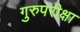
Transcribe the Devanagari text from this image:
गुरुपरीक्षा